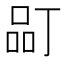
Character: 𱓂